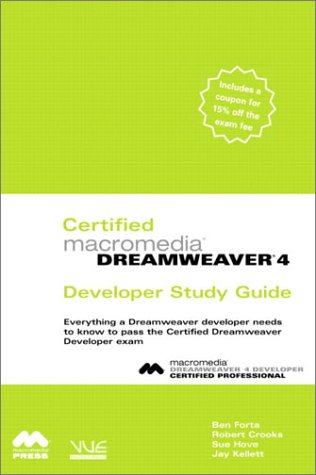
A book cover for Certified Macromedia Dreamweaver 4 Developer Study Guide; Sue Hove; Computers & Technology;